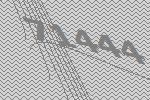
71444